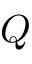
Q